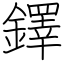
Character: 鐸